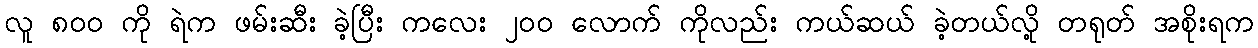
လူ ၈၀၀ ကို ရဲက ဖမ်းဆီး ခဲ့ပြီး ကလေး ၂၀၀ လောက် ကိုလည်း ကယ်ဆယ် ခဲ့တယ်လို့ တရုတ် အစိုးရက